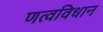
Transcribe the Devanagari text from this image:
णत्वविधान